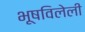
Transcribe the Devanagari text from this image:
भूषविलेली